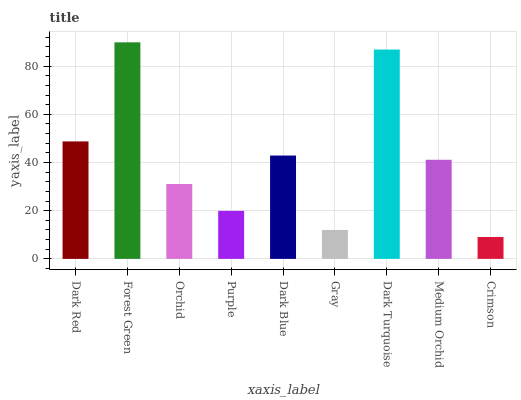
| xaxis_label | bars |
 | --- | --- |
 | Dark Red | 48.7 |
 | Forest Green | 89.9 |
 | Orchid | 31.1 |
 | Purple | 19.9 |
 | Dark Blue | 42.9 |
 | Gray | 12 |
 | Dark Turquoise | 86.9 |
 | Medium Orchid | 41.1 |
 | Crimson | 9.08 |